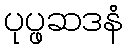
ပုပ္ဖဆဒနံ